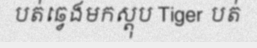
បត់ឆ្វេងមកស្តុប Tiger បត់